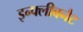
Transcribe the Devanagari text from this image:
इन्फ्लीबनैट